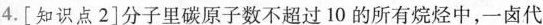
4.[知识点2]分子里碳原子数不超过10的所有烷烃中，一卤代